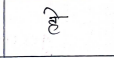
मजकूर: हे